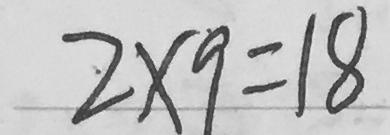
2 \times 9 = 1 8